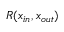
R ( x _ { i n } , x _ { o u t } )